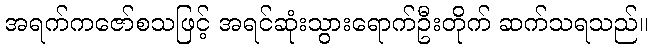
အရက်ကဇော်စသဖြင့် အရင်ဆုံးသွားရောက်ဦးတိုက် ဆက်သရသည်။